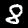
Label: 8